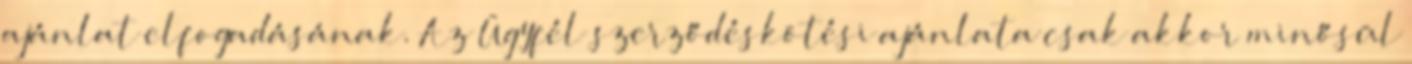
ajánlat elfogadásának. Az Ügyfél szerződéskötési ajánlata csak akkor minősül